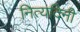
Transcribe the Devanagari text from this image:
नित्यदिनी